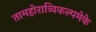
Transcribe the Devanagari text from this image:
तामहोरात्र्विकल्पमेके